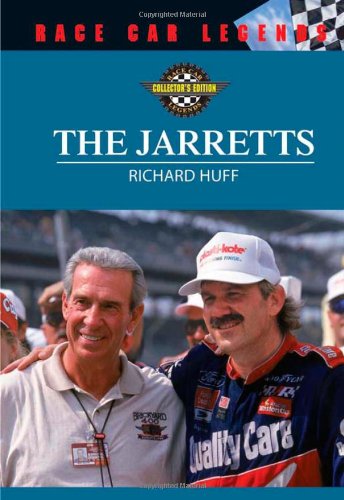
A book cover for The Jarretts (Race Car Legends); Richard M. Huff; Teen & Young Adult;